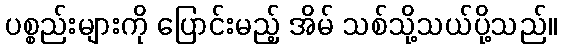
ပစ္စည်းများကို ပြောင်းမည့် အိမ် သစ်သို့သယ်ပို့သည်။